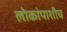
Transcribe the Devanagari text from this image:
लोकांपाशीच